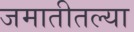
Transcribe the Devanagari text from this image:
जमातीतल्या